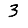
Digit: 3